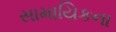
સામાયિકના